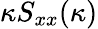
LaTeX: \kappa S_{xx}(\kappa)